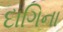
દાગિના